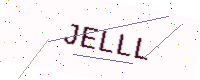
Text: JELLL